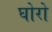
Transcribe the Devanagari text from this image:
घोरो